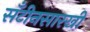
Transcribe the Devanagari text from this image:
सँटीनसारखी